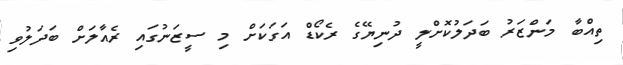
ތިއްބާ މަންޒަރު ބަދަލުކޮށްލީ ދުނިޔޭގެ ރެކޯޑް އަގަކަށް މި ސީޒަނުގައި ރެއާލަށް ބަދަލުވި